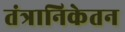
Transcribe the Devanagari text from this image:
तंत्रानिकेतन